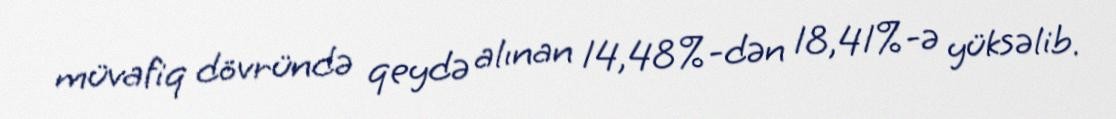
müvafiq dövründə qeydə alınan 14,48%-dən 18,41%-ə yüksəlib.